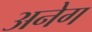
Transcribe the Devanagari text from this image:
अनेग